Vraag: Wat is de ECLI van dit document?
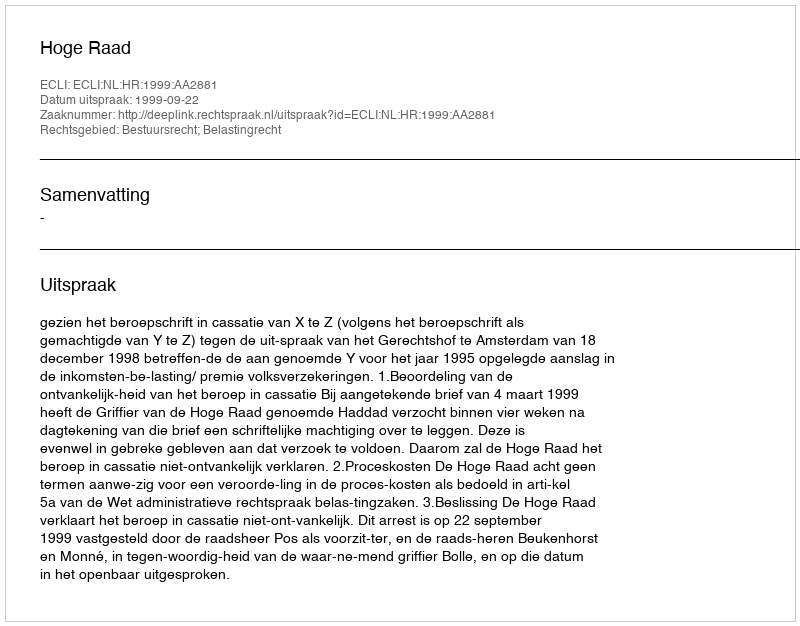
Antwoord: ECLI:NL:HR:1999:AA2881